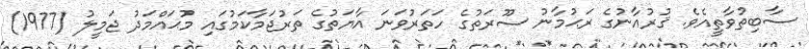
ސާބިތުވާތީއެވެ. ޤުރުއާނުގެ ރަޙުމާނު ސޫރަތުގެ ހަތަރުވަނަ އާޔަތުގެ ތަރުޖަމާކަމުގައި މުޙައްމަދު ޖަމީލު (1977)